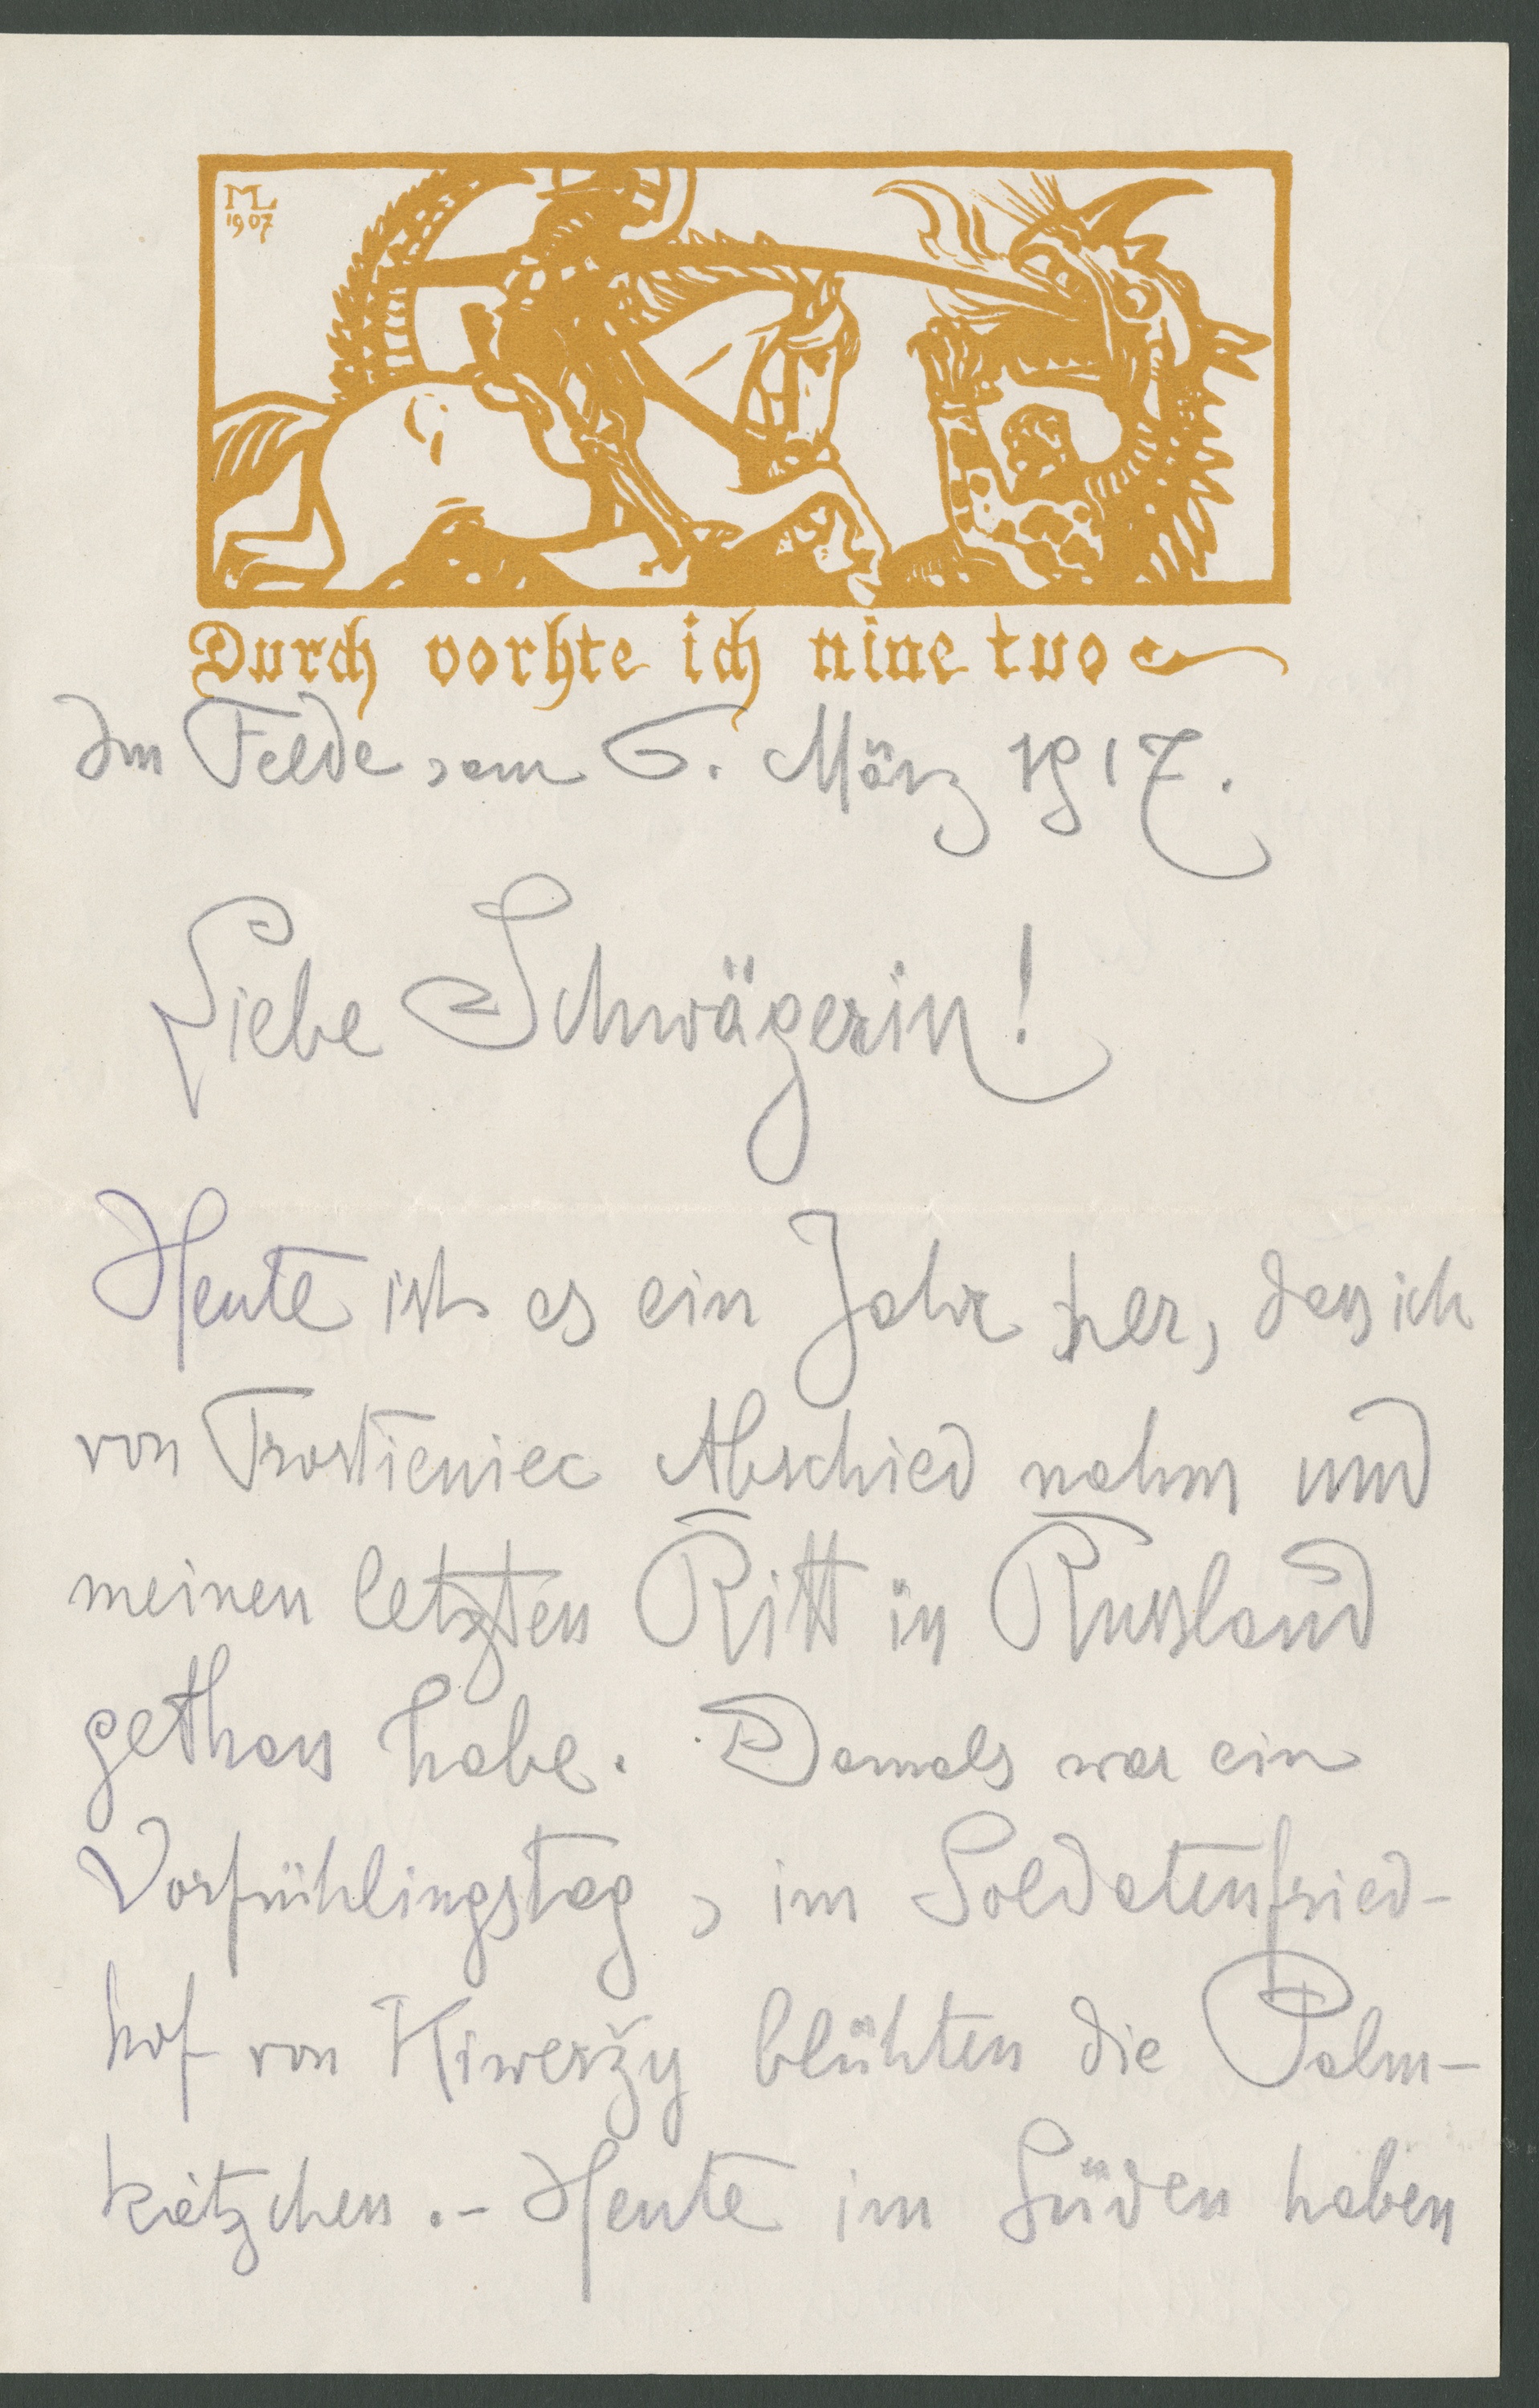
Durch vorhte ich nine tuo
Im Felde, am 6. März 1917
Liebe Schwägerin!
Heute ist es ein Jahr her, dass ich
von Trostiniec Abschied nahm und
meinen letzten Ritt in Russland
gethan habe. Damals war ein
Vorfrühlingstag, im Soldatenfried-
hof von Kiwerzy blühten die Palm
kätchen. Heute im Süden haben